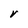
Character: V